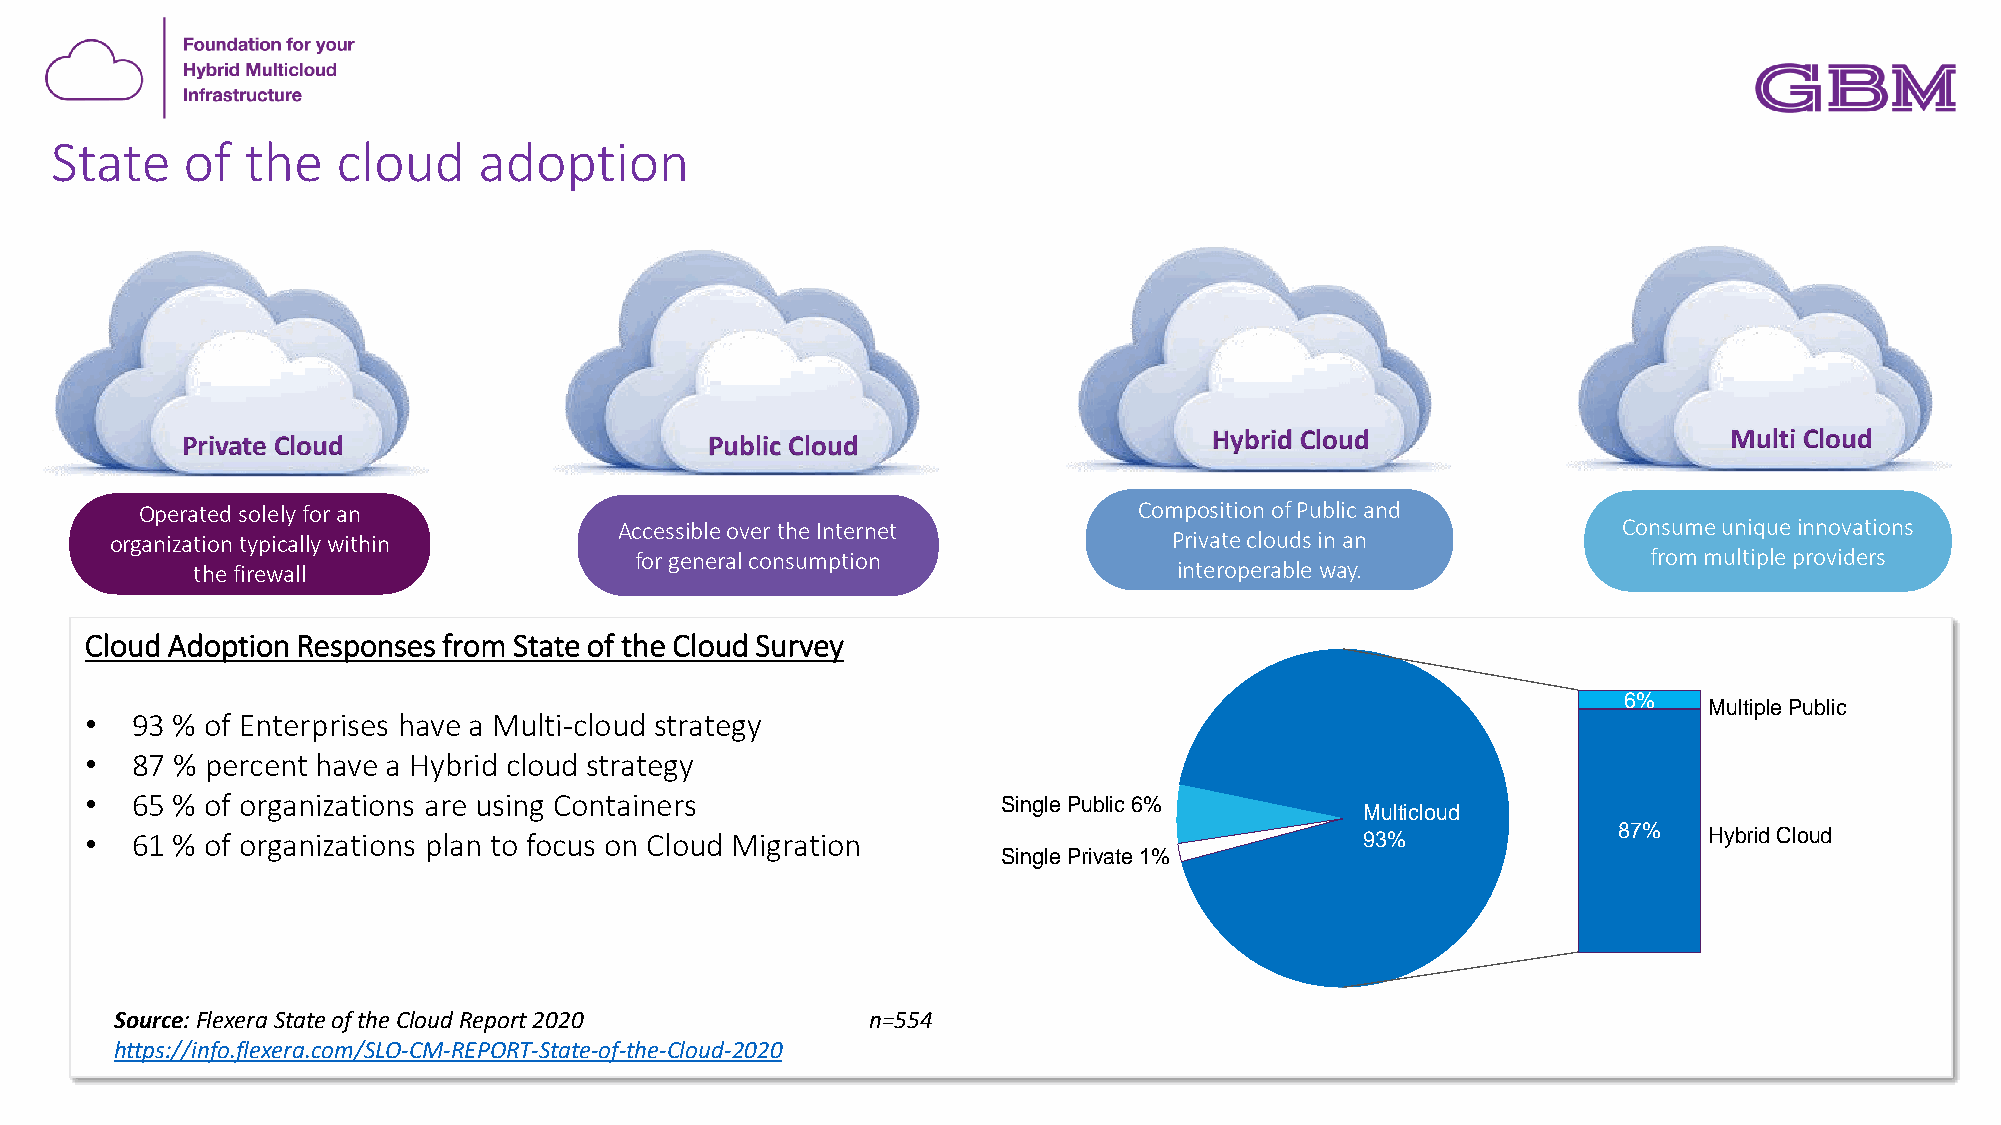
State    of  the   cloud     adoption
 Private Cloud                      Public Cloud                     Hybrid Cloud                       Multi Cloud
 Operated solely for an                                            Composition of Public and
 Accessible over the Internet                                      Consume unique innovations
 organization typically within                                          Private clouds in an
 for general consumption                                            from multiple providers
 the firewall                                                     interoperable way.
 Cloud Adoption Responses from State of the Cloud Survey
 6%
 MultiplePublic
 •  93 % of Enterprises have a Multi-cloud strategy
 •  87 % percent have a Hybrid cloud strategy
 •  65 % of organizations are using Containers               Single Public 6%
 Multicloud
 •  61 % of organizations plan to focus on Cloud Migration                           93%              87%   Hybrid Cloud
 Single Private 1%
 Source: Flexera State of the Cloud Report 2020    n=554
 https://info.flexera.com/SLO-CM-REPORT-State-of-the-Cloud-2020